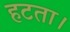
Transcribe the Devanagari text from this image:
हटता।